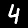
Digit: 4